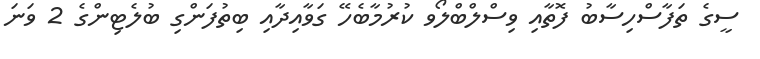
ސީގެ ތަފާސްހިސާބު ފޮތާއި ވިސްލްބްލޯވ ކުރުމާބެހޭ ގަވާއިދާއި ބިތުފަންގި ބުލެޓިންގެ 2 ވަނަ